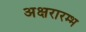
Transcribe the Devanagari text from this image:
अक्षरारम्भ